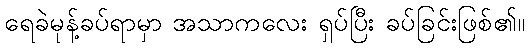
ရေခဲမုန့်ခပ်ရာမှာ အသာကလေး ရှပ်ပြီး ခပ်ခြင်းဖြစ်၏။